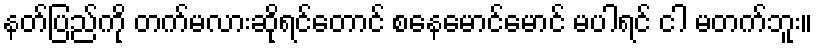
နတ်ပြည်ကို တက်မလားဆိုရင်တောင် စနေမောင်မောင် မပါရင် ငါ မတက်ဘူး။